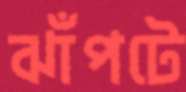
ঝাঁপটে